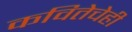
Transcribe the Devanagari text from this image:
कवितेचेही